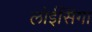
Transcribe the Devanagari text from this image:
लोईसिंगा